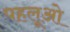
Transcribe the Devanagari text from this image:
पहलूओ